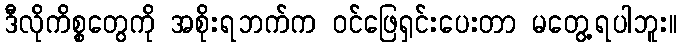
ဒီလိုကိစ္စတွေကို အစိုးရဘက်က ဝင်ဖြေရှင်းပေးတာ မတွေ့ရပါဘူး။